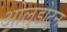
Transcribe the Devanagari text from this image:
ओलुडोटुन